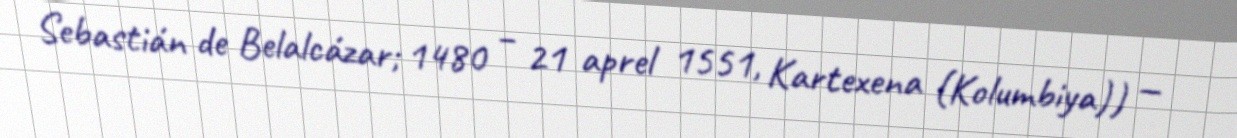
Sebastián de Belalcázar; 1480 – 21 aprel 1551, Kartexena (Kolumbiya)) —